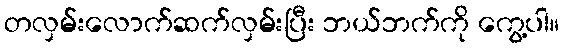
တလှမ်းလောက်ဆက်လှမ်းပြီး ဘယ်ဘက်ကို ကွေ့ပါ။